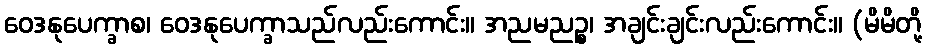
ဝေဒနုပေက္ခာစ၊ ဝေဒနုပေက္ခာသည်လည်းကောင်း။ အညမညဉ္စ၊ အချင်းချင်းလည်းကောင်း။ (မိမိတို့